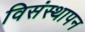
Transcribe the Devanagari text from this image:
विसंस्थापन